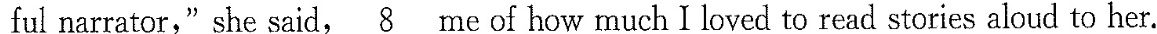
ful narrator,she said, \underline{8} me of how much I loved to read stories aloud to her.